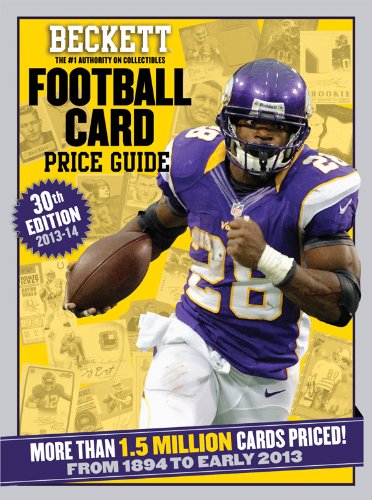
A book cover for Beckett Football Card Price Guide 2013-14; James, Dr., III Beckett; Crafts, Hobbies & Home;